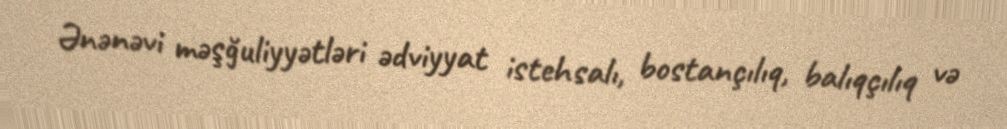
Ənənəvi məşğuliyyətləri ədviyyat istehsalı, bostançılıq, balıqçılıq və